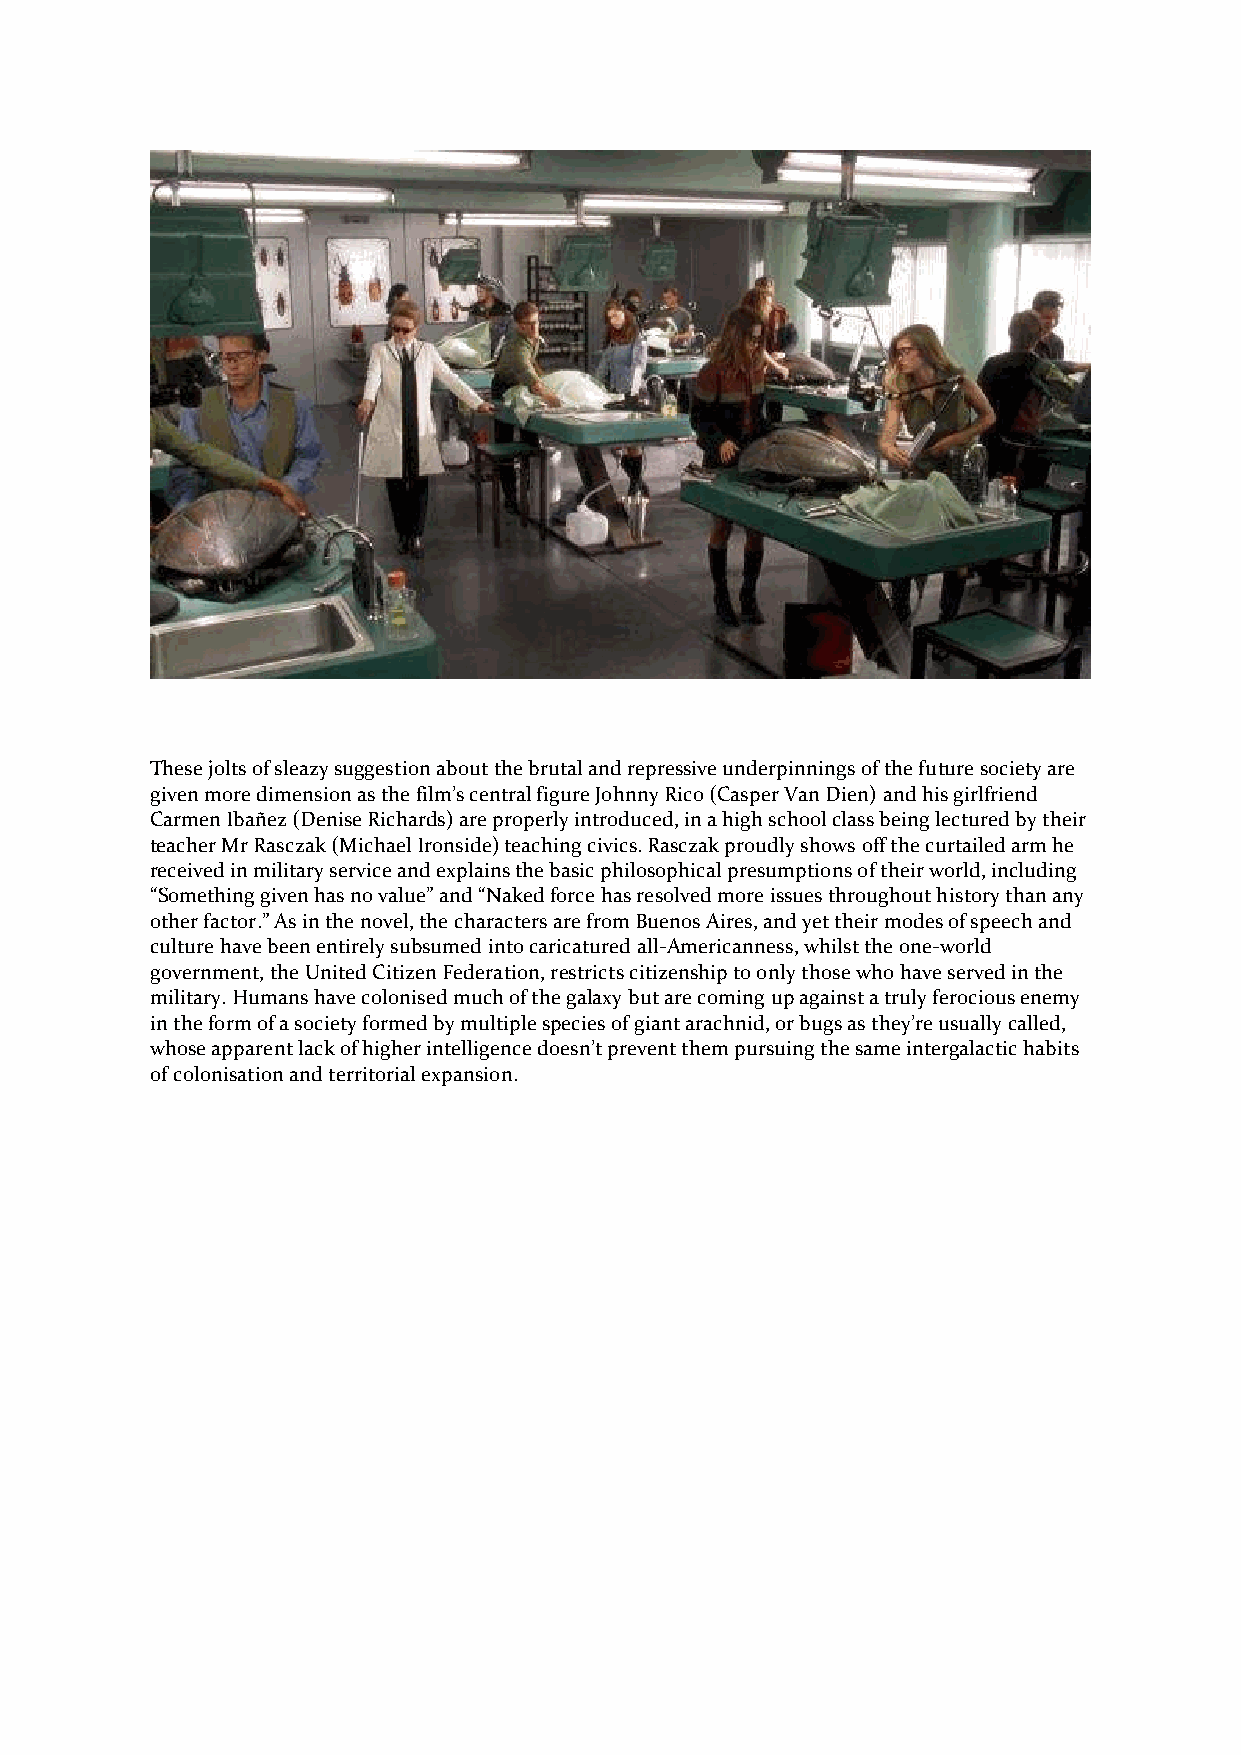
These jolts of sleazy suggestion about the brutal and repressive underpinnings of the future society are
 given more dimension as the film’s central figure Johnny Rico (Casper Van Dien) and his girlfriend
 Carmen Ibañez (Denise Richards) are properly introduced, in a high school class being lectured by their
 teacher Mr Rasczak (Michael Ironside) teaching civics. Rasczak proudly shows off the curtailed arm he
 received in military service and explains the basic philosophical presumptions of their world, including
 “Something given has no value” and “Naked force has resolved more issues throughout history than any
 other factor.” As in the novel, the characters are from Buenos Aires, and yet their modes of speech and
 culture have been entirely subsumed into caricatured all-Americanness, whilst the one-world
 government, the United Citizen Federation, restricts citizenship to only those who have served in the
 military. Humans have colonised much of the galaxy but are coming up against a truly ferocious enemy
 in the form of a society formed by multiple species of giant arachnid, or bugs as they’re usually called,
 whose apparent lack of higher intelligence doesn’t prevent them pursuing the same intergalactic habits
 of colonisation and territorial expansion.